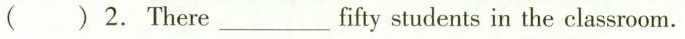
( ) 2. There ___ fifty students in the classroom.